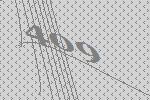
409